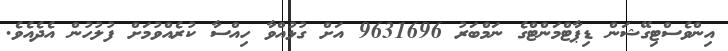
އިންވެސްޓިގޭޝަން ޑިޕާޓްމަންޓްގެ ނަމްބަރު 9631696 އަށް ގުޅުއްވާ ހިއްސާ ކުރެއްވުމަށް ފުލުހުން އެދެއެވެ.